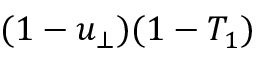
( 1 - u _ { \bot } ) ( 1 - T _ { 1 } )